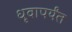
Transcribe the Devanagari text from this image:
धृवापर्यंत